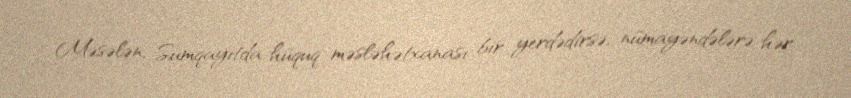
Məsələn, Sumqayıtda hüquq məsləhətxanası bir yerdədirsə, nümayəndələrə hər